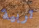
تربية